Annual report on the Civil Veterinary Department, Burma (including the Insein Veterinary School) - 1910-1922
Year: 1910
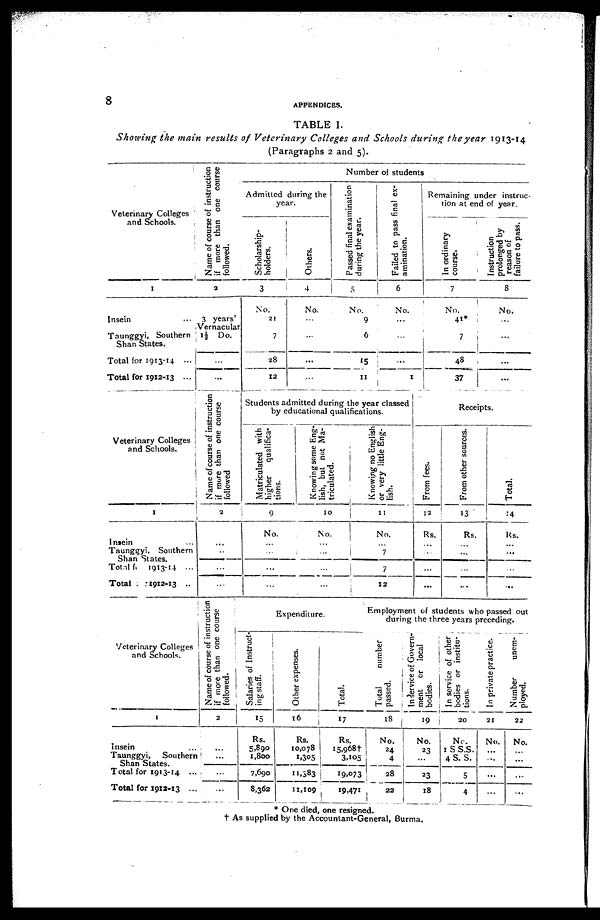
8
APPENDICES.
TABLE 1.
Showing the main results of Veterinary Colleges and Schools during the year 1913-14
(Paragraphs 2 and 5).
Veterinary Colleges
and Schools.
1
Insein ...
Taunggyi, Southern
Shan States.
Total for 1913-14 ...
Total for 1912-13 ...
Name of course of instruction
if more than one course
followed.
2
3 years'
Vernacular
1 ½ Do.
...
...
Number of students
Admitted during the
year.
Scholarship-
holders.
3
No.
21
7
28
12
Others.
4
No.
...
...
...
...
Passed final examination
during the year.
5
No.
9
6
15
11
Failed to pass final ex-
amination.
6
No.
...
...
...
1
Remaining under instruc-
tion at end of year.
In ordinary
course.
7
No.
41*
7
48
37
Instruction
prolonged by
reason of
failure to pass.
8
No.
...
...
...
...
Veterinary Colleges
and Schools.
1
Insein ...
Taunggyi, Southern
Shan States.
Total for 1913-14 ...
Total - : 1912-13 ..
Name of course of instruction
if more than one course
followed. 2
...
...
...
...
Students admitted during the year classed
by educational qualifications.
Matriculated with
higher
qualifica-
tions.
9
No.
...
...
...
...
Knowing some Eng-
lish, but not Ma-
triculated.
10
No.
...
...
...
...
Knowing no English
or very little Eng-
lish.
11
No.
...
...
7
12
Receipts.
From fees.
12
Rs.
...
...
...
...
From other sources.
13
Rs.
...
...
...
...
Total.
14
Rs.
...
...
...
...
Veterinary Colleges
and Schools.
1
Insein ...
Taunggyi,
Southern
Shan States.
Total for 1913-14 ...
Total for 1912-13 ...
Name of course of instruction
if more than one course
followed.
2
...
...
...
...
Expenditure.
Salaries of Instruct-
ing staff.
15
Rs.
5,890
1,800
7,690
8,362
Other expenses.
16
Rs.
10,078
1,305
11,383
11,109
Total.
17
Rs
15,968 †
3,105
19,073
I9,471
Employment of students who passed out
during the three years preceding.
Total
number
passed.
18
No.
24
4
28
22
In Service of Govern-
ment or local
bodies.
19
No.
23
23
18
In service of other
bodies or institu-
tions.
20
Nc.
1 S S.S.
488.
5
4
In private practice.
21
No.
...
...
...
...
Number
unem-
ployed.
22
No.
...
...
...
...
* One died, one resigned,
† As supplied by the Accountant-General, Burma.